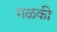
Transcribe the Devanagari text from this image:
गळकी